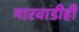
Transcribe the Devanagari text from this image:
मारवाडीही